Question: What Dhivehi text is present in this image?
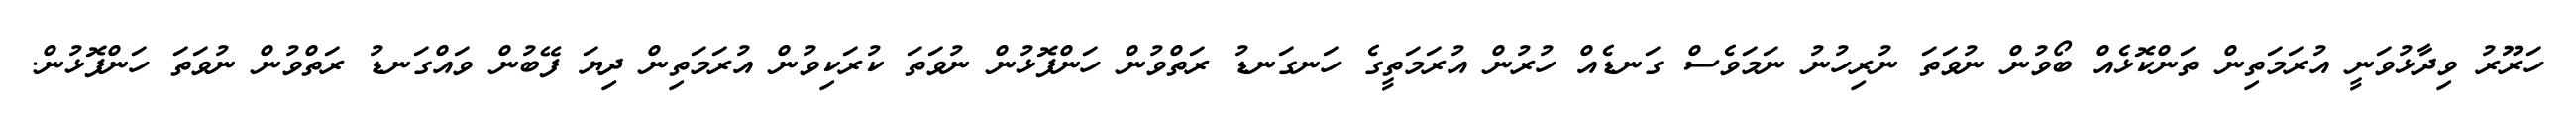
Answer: ހަރޫރު ވިދާޅުވަނީ އުރަމަތިން ތަންކޮޅެއް ބޯވުން ނުވަތަ ނުރިހުނު ނަމަވެސް ގަނޑެއް ހުރުން އުރަމަތީގެ ހަނގަނޑު ރަތްވުން ހަންފޮޅުން ނުވަތަ ކުރަކިވުން އުރަމަތިން ދިޔަ ފޭބުން ވައްގަނޑު ރަތްވުން ނުވަތަ ހަންފޮޅުން.